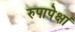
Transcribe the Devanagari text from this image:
रुपापेक्षां